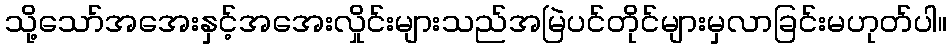
သို့သော်အအေးနှင့်အအေးလှိုင်းများသည်အမြဲပင်တိုင်များမှလာခြင်းမဟုတ်ပါ။